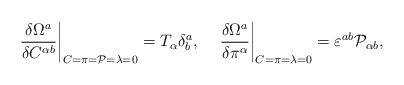
\begin{align*}\left.\frac{\delta\Omega^a}{\delta C^{\alpha b}}\right|_{C=\pi={\cal P} =\lambda=0}=T_\alpha\delta^a_b,\;\;\;\; \left.\frac{\delta\Omega^a}{\delta\pi^\alpha}\right|_{C=\pi=\lambda=0}= \varepsilon^{ab}{\cal P}_{\alpha b},\end{align*}